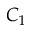
C _ { 1 }